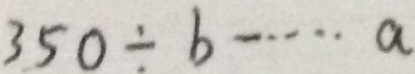
3 5 0 \div b \cdots a